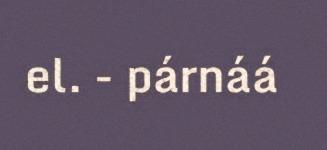
el. - párnáá